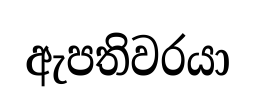
ඇපතිවරයා